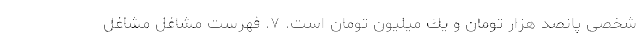
شخصی پانصد هزار تومان و يك ميليون تومان است. ۷. فهرست مشاغل مشاغل